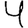
Digit: 4